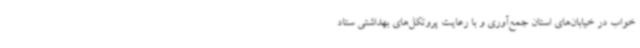
خواب در خیابان‌های استان جمع‌آوری و با رعایت پروتکل‌های بهداشتی ستاد